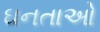
ઘનતાઓ